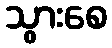
သွားစေ